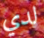
لدي